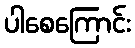
ပါစေကြောင်း